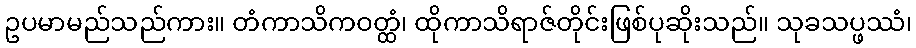
ဥပမာမည်သည်ကား။ တံကာသိကဝတ္ထံ၊ ထိုကာသိရာဇ်တိုင်းဖြစ်ပုဆိုးသည်။ သုခသပ္ဖဿံ၊